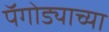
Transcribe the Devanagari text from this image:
पॅगोड्याच्या